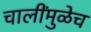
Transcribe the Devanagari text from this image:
चालींमुळेच